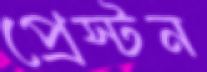
প্রেস্টন